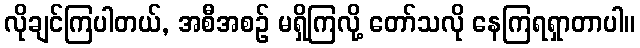
လိုချင်ကြပါတယ်, အစီအစဉ် မရှိကြလို့ တော်သလို နေကြရရှာတာပါ။